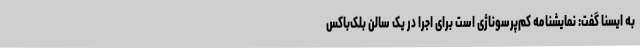
به ایسنا گفت: نمایشنامه کم‌پرسوناژی است برای اجرا در یک سالن بلک‌باکس